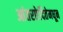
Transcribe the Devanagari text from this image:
आंतरछेदितेमधून